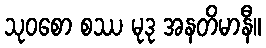
သုဝစော စဿ မုဒု အနတိမာနီ။